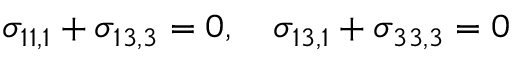
\sigma _ { 1 1 , 1 } + \sigma _ { 1 3 , 3 } = 0 , \quad \sigma _ { 1 3 , 1 } + \sigma _ { 3 3 , 3 } = 0